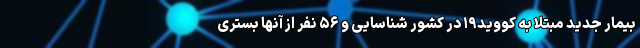
بیمار جدید مبتلا به کووید۱۹ در کشور شناسایی و ۵۶ نفر از آنها بستری